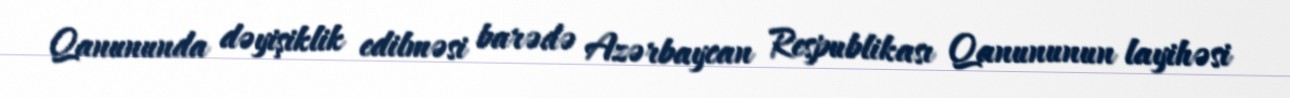
Qanununda dəyişiklik edilməsi barədə Azərbaycan Respublikası Qanununun layihəsi